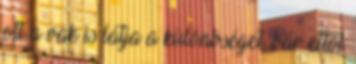
ott a vak is látja a különbséget, bár ettől